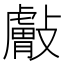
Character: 𰕘